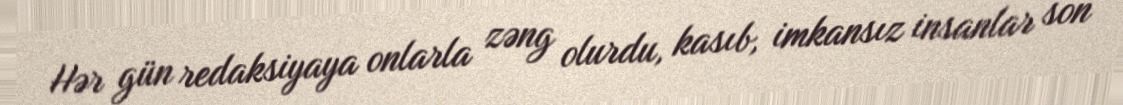
Hər gün redaksiyaya onlarla zəng olurdu, kasıb, imkansız insanlar son